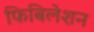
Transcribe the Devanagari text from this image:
फिबिलेशन